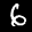
Label: 6